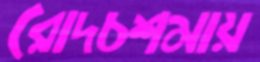
রোদচশমায়